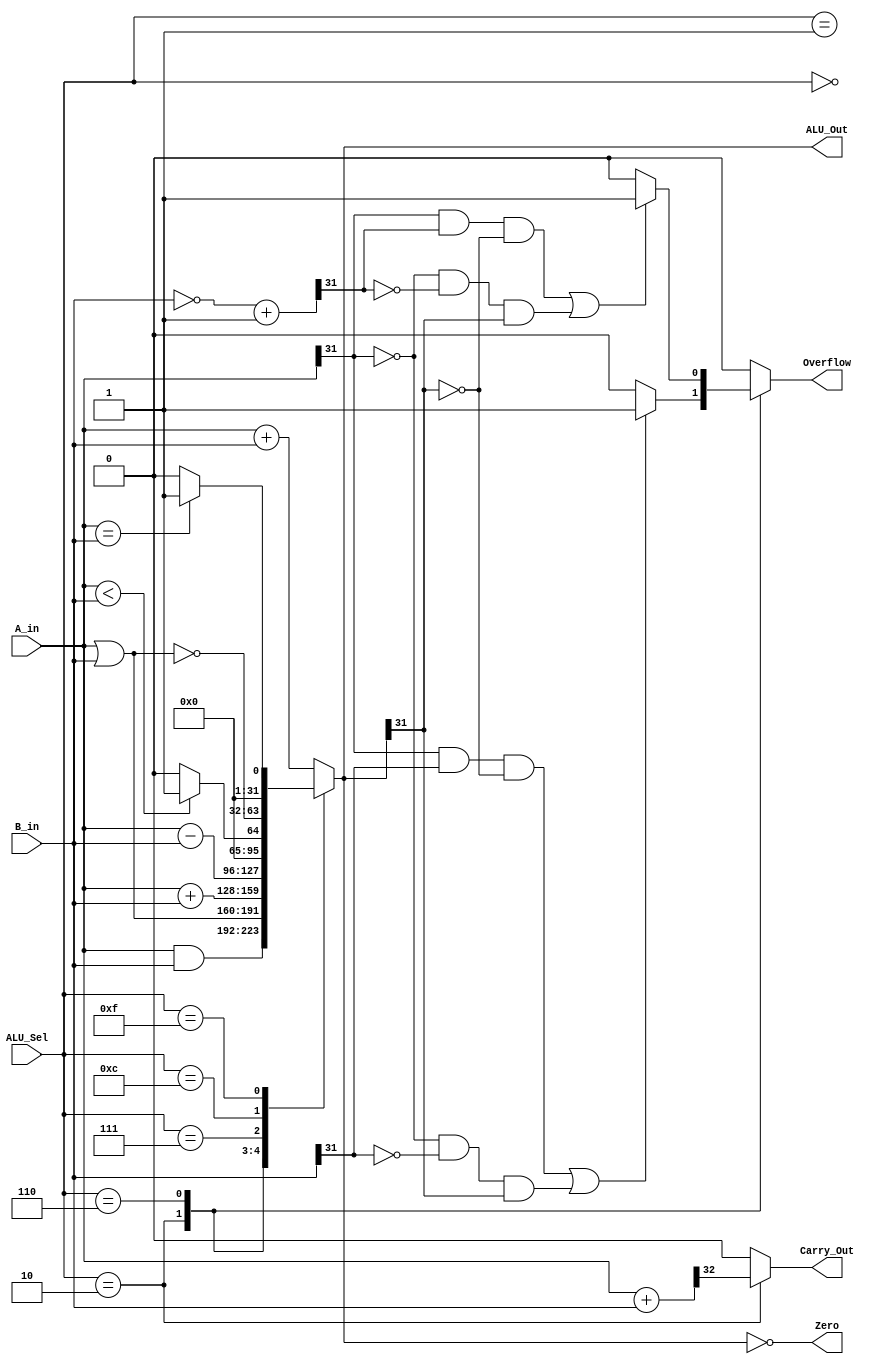
module alu_32( input  [31:0] A_in, 
			   input  [31:0] B_in, 
			   input  [3:0] ALU_Sel, 
			   output [31:0] ALU_Out, 
			   output reg Carry_Out, 
			   output Zero, 
			   output reg Overflow = 1'b0 );
			   
	reg [31:0] ALU_Result; 
	reg [32:0] temp; 
	reg [32:0] twos_com;
	
	assign ALU_Out = ALU_Result;
	assign Zero    = ( ALU_Result == 0 );
	
	always @(*) begin 
		Overflow  = 1'b0;
		Carry_Out = 1'b0;
		
		case(ALU_Sel)
			4'b0000: //and
				ALU_Result = A_in & B_in;
			
			4'b0001: //or
				ALU_Result = A_in | B_in;
			
			4'b0010: begin 
				ALU_Result = $signed(A_in) + $signed(B_in);
				temp = { 1'b0 , A_in } + { 1'b0 , B_in };
				Carry_Out = temp[32];
				if ( (A_in[31] & B_in[31] & ~ALU_Out[31]) |
					 (~A_in[31] & ~B_in[31] & ALU_Out[31] ))
					 Overflow = 1'b1;
				else 
					Overflow = 1'b0;
			end 
			
			4'b0110: begin //Signed Subtraction with Overflow checking
				ALU_Result = $signed(A_in) - $signed(B_in); 
				twos_com   = ~(B_in) + 1'b1;
				
				if( (A_in[31] & twos_com[31] & ~ALU_Out[31]) |
					(~A_in[31] & ~twos_com[31] & ALU_Out[31]) )
					Overflow = 1'b1;
				else 
					Overflow = 1'b0; 
			
			end
			
			4'b0111: //Signed less than or equal comparison
				ALU_Result = ($signed(A_in) < $signed(B_in))?32'd1:32'd0;
			
			4'b1100: //nor
				ALU_Result = ~(A_in | B_in);
			
			4'b1111: //Comparison
				ALU_Result = ( A_in == B_in )?32'd1:32'd0;
			
			default: ALU_Result = A_in + B_in;
		endcase
	end
endmodule